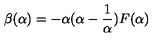
\beta ( \alpha ) = - \alpha ( \alpha - \frac { 1 } { \alpha } ) F ( \alpha )